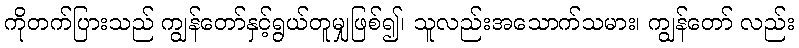
ကိုတက်ပြားသည် ကျွန်တော်နှင့်ရွယ်တူမျှဖြစ်၍၊ သူလည်းအသောက်သမား၊ ကျွန်တော် လည်း